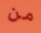
من